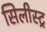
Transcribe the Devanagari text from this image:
सिलीस्ट्र